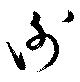
謝